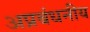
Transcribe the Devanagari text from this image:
अप्रबंधनीय